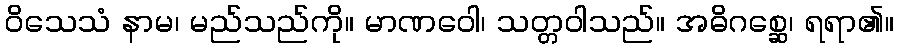
ဝိသေသံ နာမ၊ မည်သည်ကို။ မာဏဝေါ၊ သတ္တဝါသည်။ အဓိဂစ္ဆေ၊ ရရာ၏။